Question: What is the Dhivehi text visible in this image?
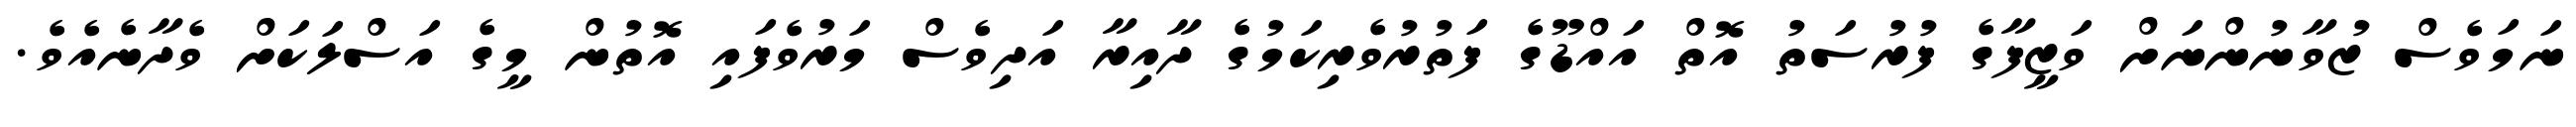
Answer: ނަމަވެސް ޒުވާނުންނަށް ވަޒީފާގެ ފުރުސަތު އޮތް އައްޑޫގެ ފަތުރުވެރިކަމުގެ ދާއިރާ އަދިވެސް މަރުވެފައި އޮތުން މީގެ އަސްލަކަށް ވެދާނެއެވެ.